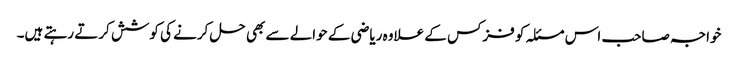
خواجہ صاحب اس مسئلہ کو فزکس کے علاوہ ریاضی کے حوالے سے بھی حل کرنے کی کوشش کرتے رہتے ہیں۔